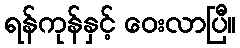
ရန်ကုန်နှင့် ဝေးလာပြီ။